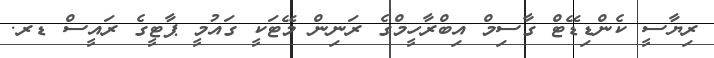
ރިޔާސީ ކެންޑިޑޭޓް ގާސިމް އިބްރާހީމްގެ ރަނިން މޭޓަކީ ގައުމީ ޕާޓީގެ ރައީސް ޑރ.